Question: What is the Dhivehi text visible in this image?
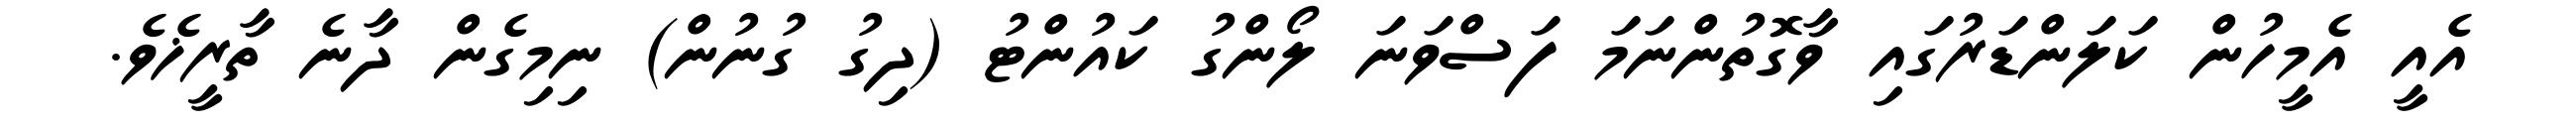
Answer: އެއީ އެމީހުން ކަލަންޑަރުގައި ވާގޮތުންނަމަ ފަސްވަނަ ލޯންގު ކައުންޓު (ދިގު ގުނުން) ނިމިގެން ދާނެ ތާރީޚެވެ.